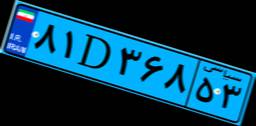
۸۱D۳۶۸۵۳